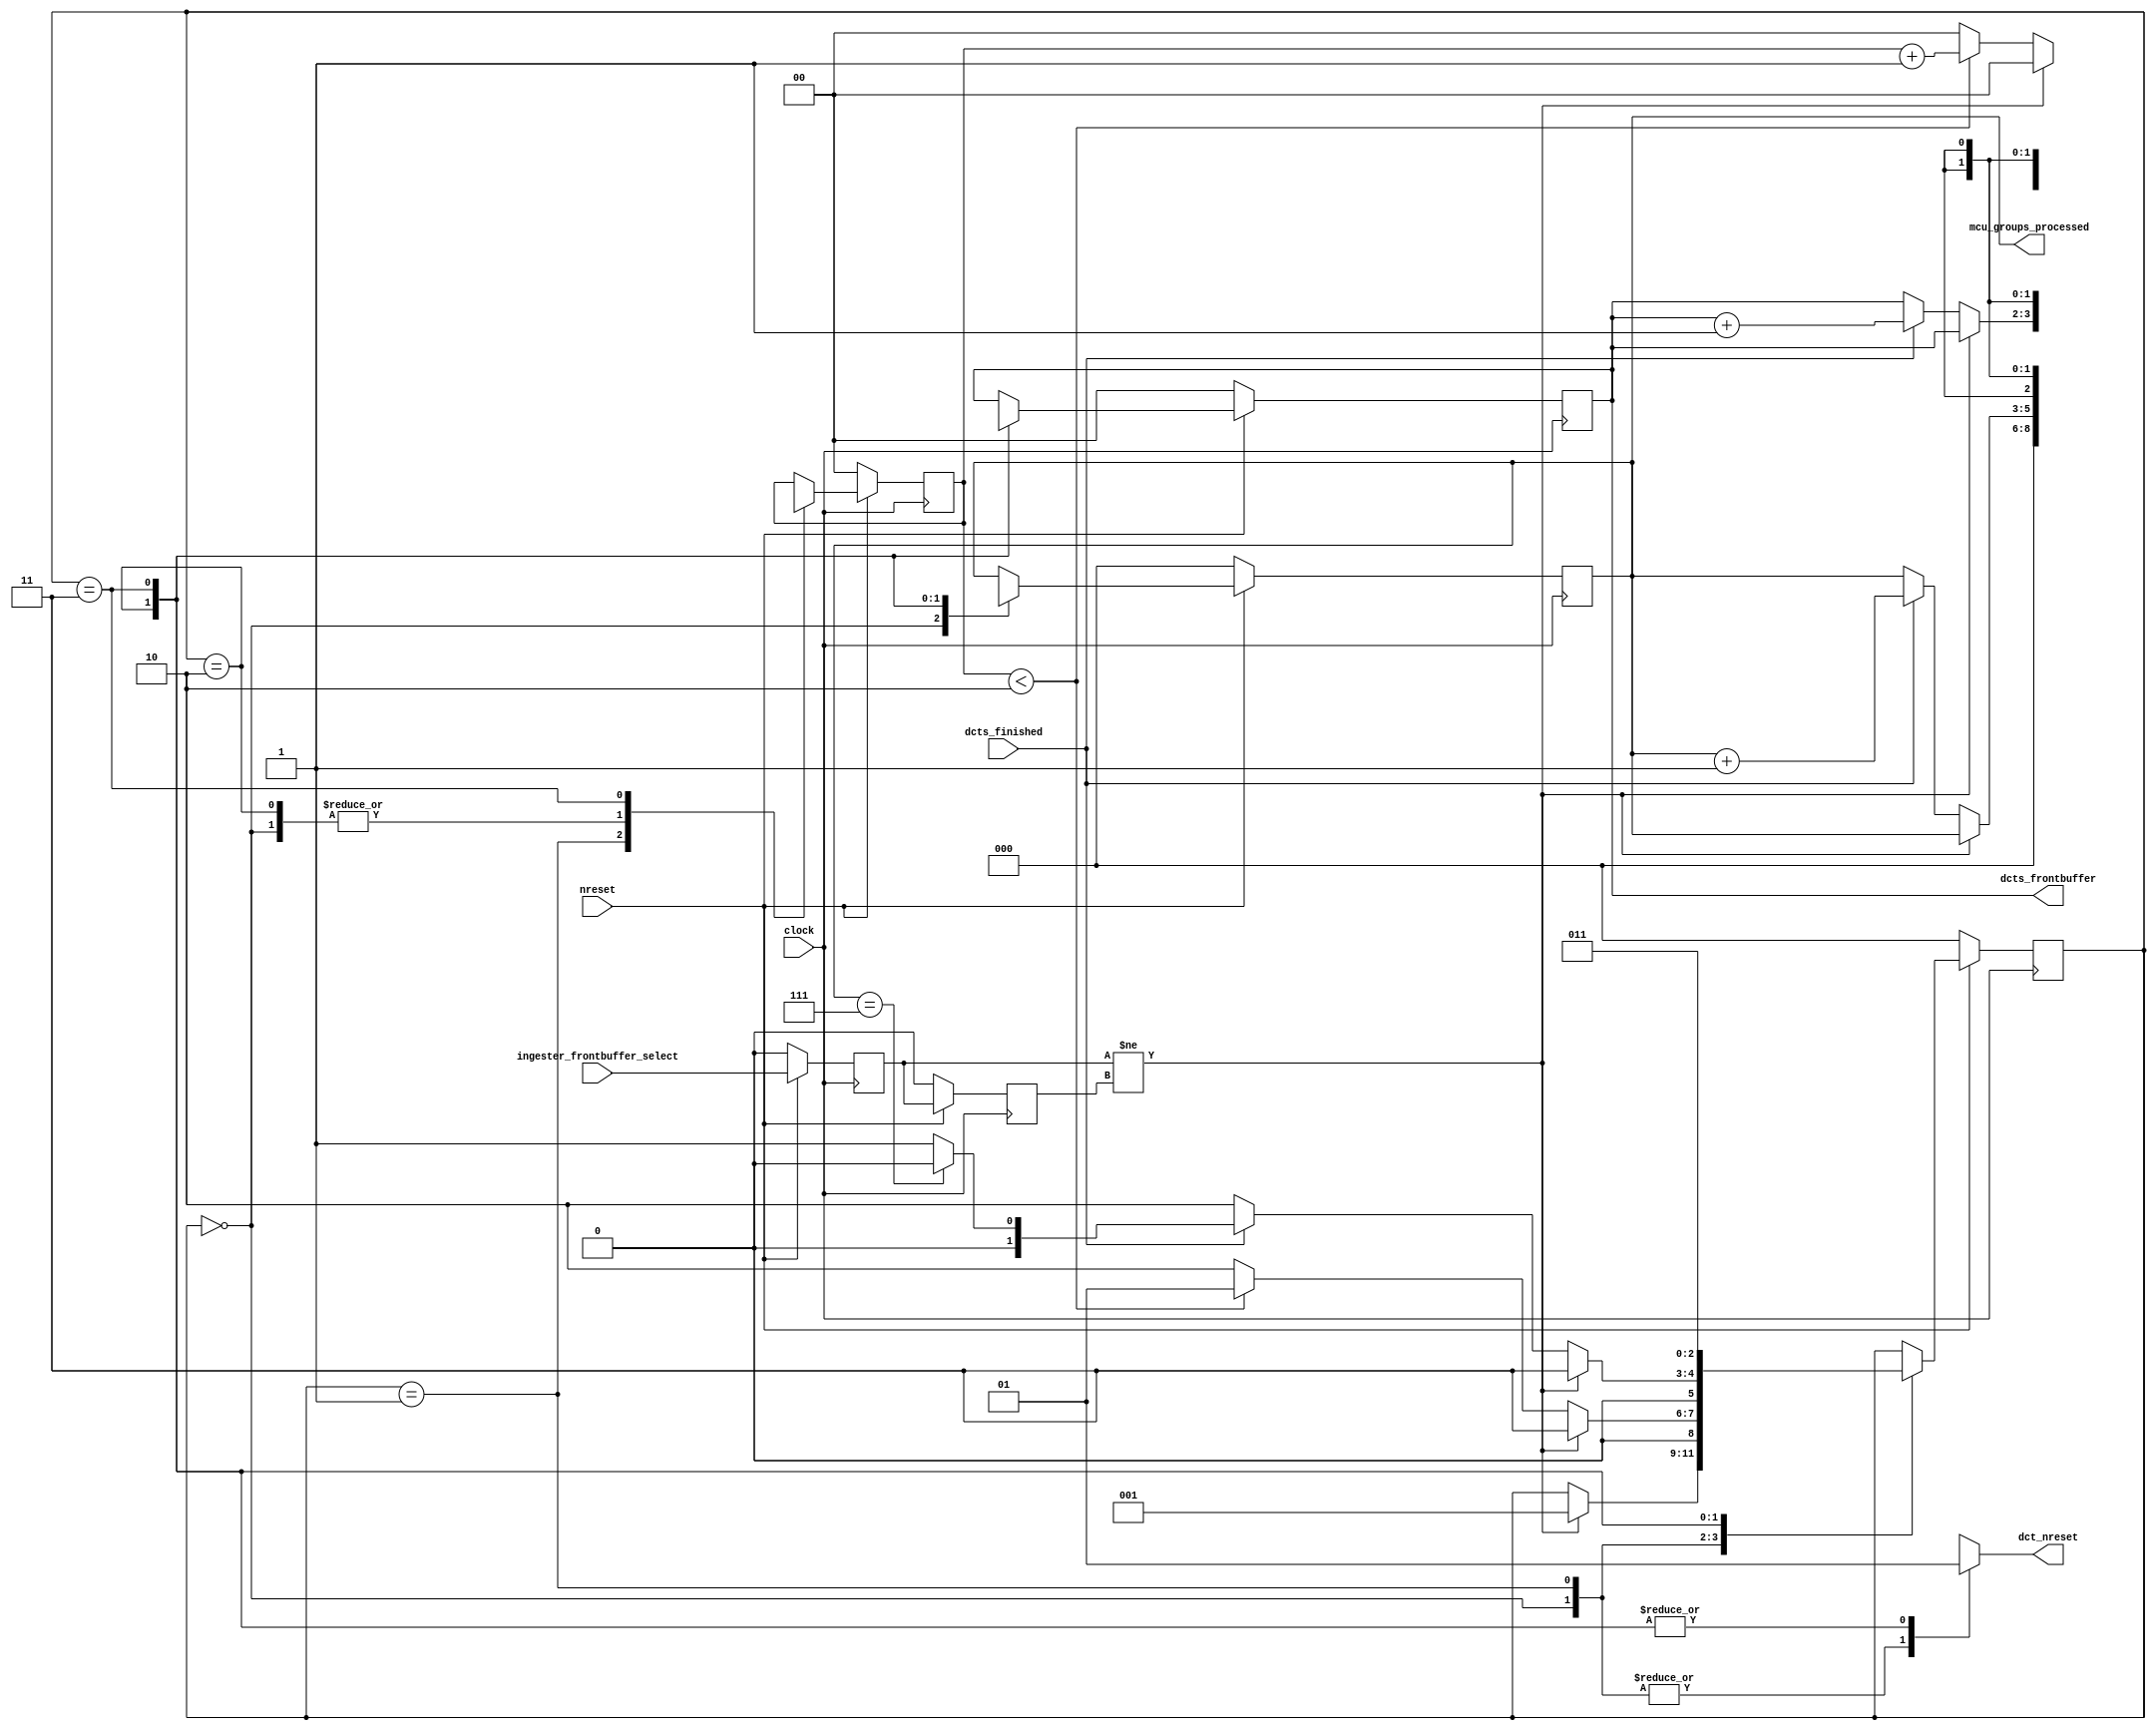
`timescale 1ns/100ps

/**
 * This state machine watches the ingester unit and resets the
 * DCT engines when there is a new buffer that can be processed.
 *
 * It is also responsible for managing which 64-word output buffer the DCTs are pointed to.
 *
 * When the backbuffer changes, this state machine holds the DCT engines in reset for 3 clock
 * cycles, then sets them loose with new base addresses and output addresses.
 */
module dct_reset_manager(input            clock,
                         input            nreset,

                         input            ingester_frontbuffer_select,
                         input            dcts_finished,

                         output reg [2:0] mcu_groups_processed,
                         output reg [1:0] dcts_frontbuffer,
                         output reg       dct_nreset);

`define DCTS_STATE_WAIT_FRAMEBUFFER 3'h0
`define DCTS_STATE_RESET 3'h1
`define DCTS_STATE_DCTS_ACTIVE 3'h2
`define DCTS_STATE_ERR 3'h3
    reg [2:0] DCTs_state;
    reg [1:0] reset_cnt;
    reg       ingester_frontbuffer [0:1];
    wire      buffer_swapped;
    assign buffer_swapped = (ingester_frontbuffer[0] != ingester_frontbuffer[1]);
    always @ (posedge clock) begin
        if (nreset) begin
            ingester_frontbuffer[0] <= ingester_frontbuffer_select;
            ingester_frontbuffer[1] <= ingester_frontbuffer[0];

            case (DCTs_state)
                `DCTS_STATE_WAIT_FRAMEBUFFER: begin
                    mcu_groups_processed <= 'h0;
                    reset_cnt <= 'h0;
                    dcts_frontbuffer <= dcts_frontbuffer;
                    if (buffer_swapped) begin
                        DCTs_state <= `DCTS_STATE_RESET;
                    end else begin
                        DCTs_state <= DCTs_state;
                    end
                end

                `DCTS_STATE_RESET: begin
                    mcu_groups_processed <= mcu_groups_processed;
                    dcts_frontbuffer <= dcts_frontbuffer;
                    if (buffer_swapped) begin
                        reset_cnt <= 'h0;
                        DCTs_state <= `DCTS_STATE_ERR;
                    end else if (reset_cnt < 'h2) begin
                        reset_cnt <= reset_cnt + 'h1;
                        DCTs_state <= `DCTS_STATE_RESET;
                    end else begin
                        reset_cnt <= 'h0;
                        DCTs_state <= `DCTS_STATE_DCTS_ACTIVE;
                    end
                end

                `DCTS_STATE_DCTS_ACTIVE: begin
                    reset_cnt <= 'h0;

                    if (buffer_swapped) begin
                        mcu_groups_processed <= mcu_groups_processed;
                        DCTs_state <= `DCTS_STATE_ERR;
                        dcts_frontbuffer <= dcts_frontbuffer;
                    end else if (dcts_finished) begin
                        mcu_groups_processed <= mcu_groups_processed + 'h1;
                        if (mcu_groups_processed == 'h7) begin
                            DCTs_state <= `DCTS_STATE_WAIT_FRAMEBUFFER;
                            dcts_frontbuffer <= dcts_frontbuffer + 'h1;
                        end else begin
                            DCTs_state <= `DCTS_STATE_RESET;
                            dcts_frontbuffer <= dcts_frontbuffer + 'h1;
                        end
                    end else begin
                        mcu_groups_processed <= mcu_groups_processed;
                        DCTs_state <= `DCTS_STATE_DCTS_ACTIVE;
                        dcts_frontbuffer <= dcts_frontbuffer;
                    end
                end

                `DCTS_STATE_ERR: begin
                    mcu_groups_processed <= 'hx;
                    reset_cnt <= 'hx;
                    DCTs_state <= `DCTS_STATE_ERR;
                    dcts_frontbuffer <= 'hx;
                end
            endcase
        end else begin
            DCTs_state <= `DCTS_STATE_WAIT_FRAMEBUFFER;
            ingester_frontbuffer[0] <= 1'b0;
            ingester_frontbuffer[1] <= 1'b0;
            mcu_groups_processed <= 'h0;
            reset_cnt <= 'h0;
            dcts_frontbuffer <= 'h0;
        end
    end

    always @* begin
        case (DCTs_state)
            `DCTS_STATE_WAIT_FRAMEBUFFER: begin
                dct_nreset = 1'b0;
            end

            `DCTS_STATE_RESET: begin
                dct_nreset = 1'b0;
            end

            `DCTS_STATE_DCTS_ACTIVE: begin
                dct_nreset = 1'b1;
            end

            `DCTS_STATE_ERR: begin
                dct_nreset = 1'b1;
            end

            default: begin
                dct_nreset = 1'bx;
            end
        endcase // case (DCTs_state)
    end
endmodule